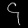
Digit: ၄